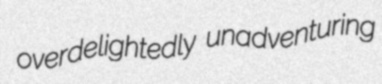
overdelightedly unadventuring